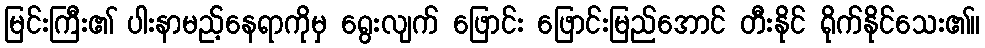
မြင်းကြီး၏ ပါးနာမည့်နေရာကိုမှ ရွေးလျက် ဖြောင်း ဖြောင်းမြည်အောင် တီးနိုင် ရိုက်နိုင်သေး၏။